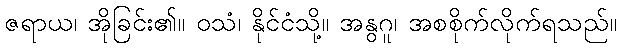
ဇရာယ၊ အိုခြင်း၏။ ဝသံ၊ နိုင်ငံသို့။ အနွဂူ၊ အစစိုက်လိုက်ရသည်။